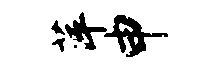
萍申